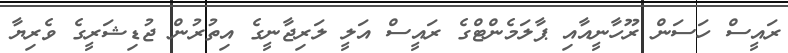
ރައީސް ހަސަން ރޫހާނީއާއި ޕާލަމެންޓްގެ ރައީސް އަލީ ލަރިޖާނީގެ އިތުރުން ޖުޑިޝަރީގެ ވެރިޔާ